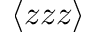
\langle z z z \rangle